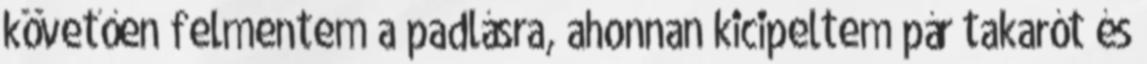
követően felmentem a padlásra, ahonnan kicipeltem pár takarót és